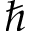
\hbar